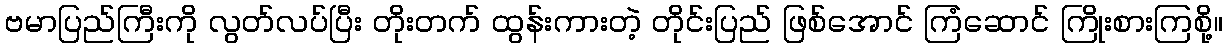
ဗမာပြည်ကြီးကို လွတ်လပ်ပြီး တိုးတက် ထွန်းကားတဲ့ တိုင်းပြည် ဖြစ်အောင် ကြံဆောင် ကြိုးစားကြစို့။